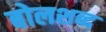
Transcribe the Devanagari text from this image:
बोलशब्द